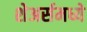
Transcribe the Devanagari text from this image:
शेअर्समध्ये